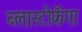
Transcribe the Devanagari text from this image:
ब्लास्टोफॅगा